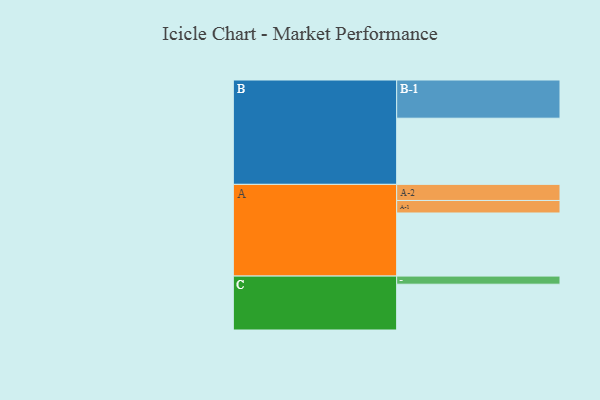
{"axis": {"x": "Segment", "y": "Value"}, "legend": ["", "A", "B", "C"], "data": [{"x": "A", "y": 474, "type": ""}, {"x": "B", "y": 497, "type": ""}, {"x": "C", "y": 344, "type": ""}, {"x": "A-1", "y": 94, "type": "A"}, {"x": "A-2", "y": 121, "type": "A"}, {"x": "B-1", "y": 287, "type": "B"}, {"x": "C-1", "y": 61, "type": "C"}]}